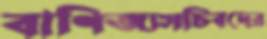
বাণিজ্যসচিবদের